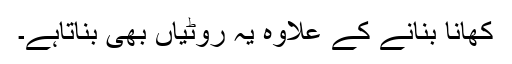
کھانا بنانے کے علاوہ یہ روٹیاں بھی بناتاہے۔